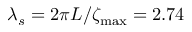
\lambda _ { s } = 2 \pi L / \zeta _ { \mathrm { m a x } } = 2 . 7 4